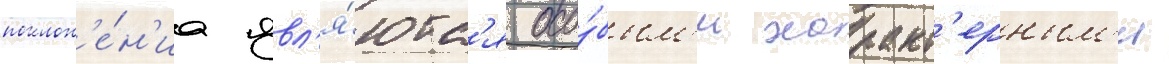
поклон'е́н'иа явл'я́ютс'я осо́бым'и характ'ерным'и